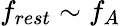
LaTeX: f_{rest}\sim f_{A}